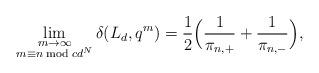
LaTeX: \begin{align*} \lim_{\substack{m\rightarrow \infty\\ m \equiv n \bmod cd^N}} \delta(L_d,q^m) = \frac{1}{2}\Big(\frac{1}{\pi_{n,+}} + \frac{1}{\pi_{n,-}}\Big),\end{align*}